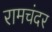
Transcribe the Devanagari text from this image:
रामचंदर